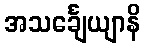
အသင်္ချေယျာနိ